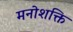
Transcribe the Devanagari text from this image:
मनोशक्ति